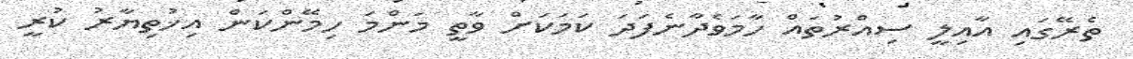
ތެރޭގައި އާއިލީ ސިއްރުތައް ހާމަވެދާނެފަދަ ކަމަކަށް ވާތީ މަންމަ ހިމޭންކަން އިޚުތިޔާރު ކުރީ